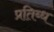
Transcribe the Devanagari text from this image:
प्रतिब्ध